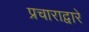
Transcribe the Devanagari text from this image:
प्रचाराद्वारे